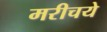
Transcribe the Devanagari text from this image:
मरीचये